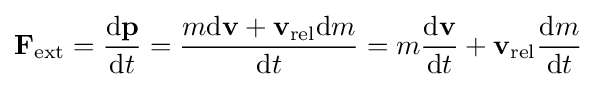
\mathbf {F} _{\mathrm {ext} }={\frac {\mathrm {d} \mathbf {p} }{\mathrm {d} t}}={\frac {m\mathrm {d} \mathbf {v} +\mathbf {v} _{\mathrm {rel} }\mathrm {d} m}{\mathrm {d} t}}=m{\frac {\mathrm {d} \mathbf {v} }{\mathrm {d} t}}+\mathbf {v} _{\mathrm {rel} }{\frac {\mathrm {d} m}{\mathrm {d} t}}